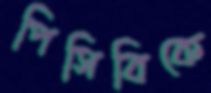
পিসিবিকে